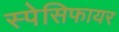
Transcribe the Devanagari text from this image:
स्पेसिफायर